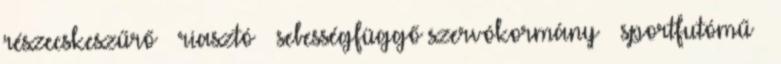
részecskeszűrő – riasztó – sebességfüggő szervókormány – sportfutómű –